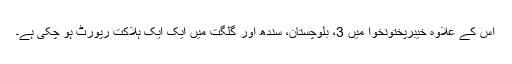
اس کے علاوہ خیبرپختونخوا میں 3، بلوچستان، سندھ اور گلگت میں ایک ایک ہلاکت رپورٹ ہو چکی ہے۔